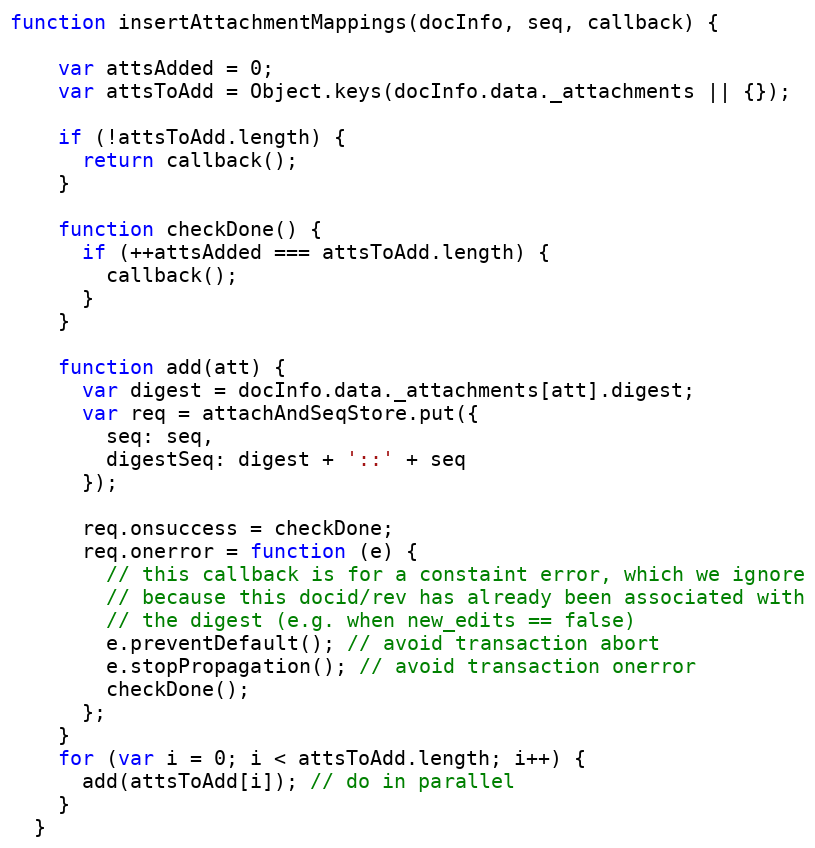
Language: JavaScript
function insertAttachmentMappings(docInfo, seq, callback) {

    var attsAdded = 0;
    var attsToAdd = Object.keys(docInfo.data._attachments || {});

    if (!attsToAdd.length) {
      return callback();
    }

    function checkDone() {
      if (++attsAdded === attsToAdd.length) {
        callback();
      }
    }

    function add(att) {
      var digest = docInfo.data._attachments[att].digest;
      var req = attachAndSeqStore.put({
        seq: seq,
        digestSeq: digest + '::' + seq
      });

      req.onsuccess = checkDone;
      req.onerror = function (e) {
        // this callback is for a constaint error, which we ignore
        // because this docid/rev has already been associated with
        // the digest (e.g. when new_edits == false)
        e.preventDefault(); // avoid transaction abort
        e.stopPropagation(); // avoid transaction onerror
        checkDone();
      };
    }
    for (var i = 0; i < attsToAdd.length; i++) {
      add(attsToAdd[i]); // do in parallel
    }
  }